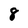
Character: 8